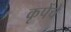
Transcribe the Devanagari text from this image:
कृपेंचे